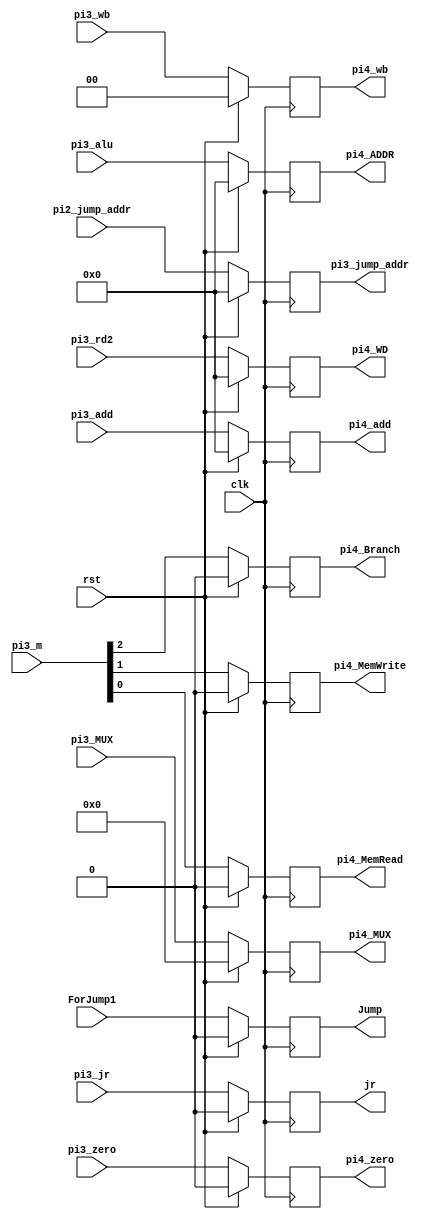
/*
	Title: Register File (32 32-bit registers)
	Editor: Selene (Computer System and Architecture Lab, ICE, CYCU)
	
	Input Port
		1. clk
		2. RegWrite: sO_igJ
		3. RN1: rsss
		4. RN2: rtss
		5. WN: gJss
		6. WD: gJs
	Output Port
		1. RD1: rss
		2. RD2: rts
*/
module ex_mem( clk, rst, pi3_add, pi4_add, pi3_zero, pi4_zero, pi3_alu, pi4_ADDR, pi3_rd2, pi4_WD, pi3_MUX, pi4_MUX, pi3_wb, pi4_wb, pi3_m, pi4_MemRead, pi4_MemWrite, pi4_Branch,
	       pi2_jump_addr, pi3_jump_addr, ForJump1, Jump, pi3_jr, jr );
	input clk, rst, pi3_zero, ForJump1, pi3_jr ;
	input[31:0] pi3_add, pi3_alu, pi3_rd2, pi2_jump_addr ;
	input[1:0] pi3_wb ;
	input[2:0] pi3_m ;
	input[4:0] pi3_MUX ;

	output pi4_zero, pi4_MemRead, pi4_MemWrite, pi4_Branch, Jump, jr ;
	output[31:0] pi4_add, pi4_ADDR, pi4_WD, pi3_jump_addr;
	output[1:0] pi4_wb ;
	output[4:0] pi4_MUX ;

	reg[31:0] pi4_add, pi4_ADDR, pi4_WD, pi3_jump_addr;
	reg[1:0] pi4_wb ;
	reg[4:0] pi4_MUX ;
	reg pi4_zero, pi4_MemRead, pi4_MemWrite, pi4_Branch, Jump, jr ;
	

	always @( posedge clk ) begin
        if ( rst ) begin
			pi4_add <= 32'b0 ;
			pi4_ADDR <= 32'b0 ;
			pi4_WD <= 32'b0 ;
			pi4_MUX <= 5'b0 ;
			pi4_wb <= 2'b0 ;
			pi4_MemRead <= 1'b0 ;
			pi4_MemWrite <= 1'b0 ;
			pi4_Branch <= 1'b0 ;
			pi4_zero <= 1'b0 ;
			Jump <= 1'b0 ;
			pi3_jump_addr <= 32'b0;
			jr <= 1'b0 ;
			
		end
        else begin
			pi4_add <= pi3_add ;
			pi4_ADDR <= pi3_alu ;
			pi4_WD <= pi3_rd2 ;
			pi4_MUX <= pi3_MUX ;
			pi4_wb <= pi3_wb ;
			pi4_MemRead <= pi3_m[0] ;
			pi4_MemWrite <= pi3_m[1] ;
			pi4_Branch <= pi3_m[2] ;
			pi4_zero <= pi3_zero ;
			Jump <= ForJump1 ;
			pi3_jump_addr <= pi2_jump_addr;
			jr <= pi3_jr ;
		end
    end
	
endmodule